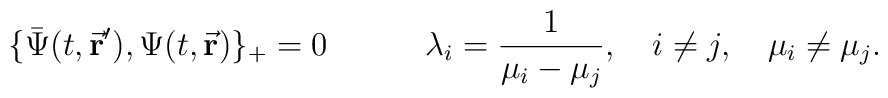
\{\bar{\Psi}(t,\vec{\bf r}^\prime),\Psi(t,\vec{\bf r})\}_+ = 0\quad\quad\quad\lambda_i = \frac{1}{\mu_i-\mu_j},\quad i\not= j,\quad \mu_i\not=\mu_j.